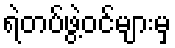
ရဲတပ်ဖွဲ့ဝင်များမှ